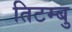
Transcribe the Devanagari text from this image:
तिटम्बु